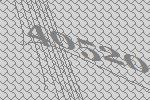
40520